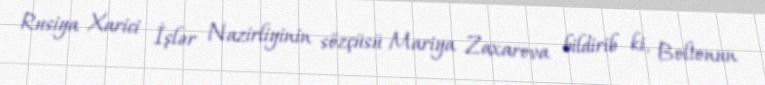
Rusiya Xarici İşlər Nazirliyinin sözçüsü Mariya Zaxarova bildirib ki, Boltonun